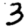
Digit: 3